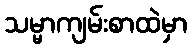
သမ္မာကျမ်းစာထဲမှာ